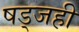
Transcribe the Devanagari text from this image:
षड्जही